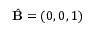
\hat { \mathbf { B } } = ( 0 , 0 , 1 )